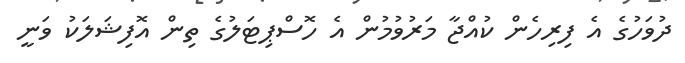
ދުވަހުގެ އެ ފިރިހެން ކުއްޖާ މަރުވުމުން އެ ހޮސްޕިޓަލުގެ ތިން އޮފިޝަލަކު ވަނީ